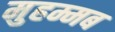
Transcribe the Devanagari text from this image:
मुहम्मब